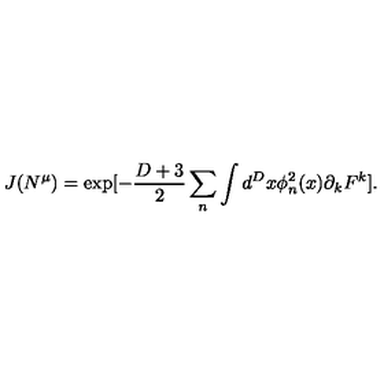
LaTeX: J ( N ^ { \mu } ) = \exp [ - \frac { D + 3 } { 2 } \sum _ { n } \int d ^ { D } x \phi _ { n } ^ { 2 } ( x ) \partial _ { k } F ^ { k } ] .